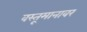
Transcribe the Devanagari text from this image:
वस्तूमानावर